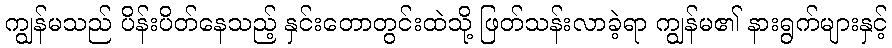
ကျွန်မသည် ပိန်းပိတ်နေသည့် နှင်းတောတွင်းထဲသို့ ဖြတ်သန်းလာခဲ့ရာ ကျွန်မ၏ နားရွက်များနှင့်